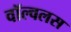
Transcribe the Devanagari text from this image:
वॉल्वलस